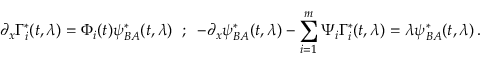
\partial _ { x } \Gamma _ { i } ^ { * } ( t , \lambda ) = \Phi _ { i } ( t ) \psi _ { B A } ^ { * } ( t , \lambda ) \; \; ; \; \; - \partial _ { x } \psi _ { B A } ^ { * } ( t , \lambda ) - \sum _ { i = 1 } ^ { m } \Psi _ { i } \Gamma _ { i } ^ { * } ( t , \lambda ) = \lambda \psi _ { B A } ^ { * } ( t , \lambda ) \, .